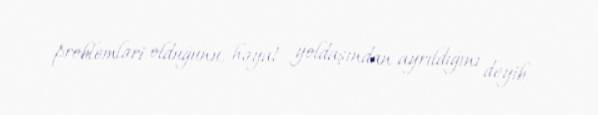
problemləri olduğunu, həyat yoldaşından ayrıldığını deyib.